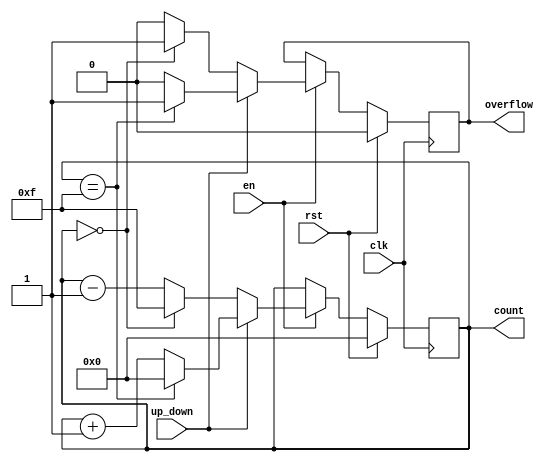
module Synchronous_Counter #(
    parameter N = 4 // Define the bit width of the counter
)(
    input wire clk,         // Clock input
    input wire rst,         // Synchronous reset
    input wire en,          // Enable input
    input wire up_down,     // Control signal: 1 for up, 0 for down
    output reg [N-1:0] count, // Current counter value
    output reg overflow      // Overflow flag
);

    // Initialize counter on reset
    always @(posedge clk) begin
        if (rst) begin
            count <= 0;               // Reset the counter to zero
            overflow <= 0;            // Clear overflow
        end
        else if (en) begin
            if (up_down) begin
                // Up counting
                if (count == (1 << N) - 1) begin
                    count <= 0;        // Wrap around to 0 on overflow
                    overflow <= 1;     // Set overflow flag
                end else begin
                    count <= count + 1; // Increment counter
                    overflow <= 0;      // Clear overflow flag
                end
            end else begin
                // Down counting
                if (count == 0) begin
                    count <= (1 << N) - 1; // Wrap around to max value on underflow
                    overflow <= 1;         // Set overflow flag
                end else begin
                    count <= count - 1;    // Decrement counter
                    overflow <= 0;          // Clear overflow flag
                end
            end
        end
    end

endmodule